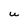
Character: U